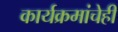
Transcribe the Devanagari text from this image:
कार्यक्रमांचेही